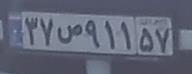
۳۷ص۹۱۱۵۷